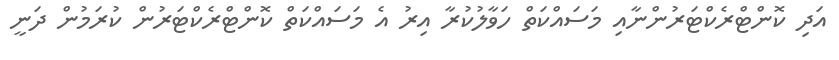
އަދި ކޮންޓްރެކްޓަރުންނާއި މަސައްކަތް ހަވާލުކުރާ އިރު އެ މަސައްކަތް ކޮންޓްރެކްޓަރުން ކުރަމުން ދަނީ